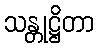
သန္တုဋ္ဌိတာ